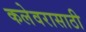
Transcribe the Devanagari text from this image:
कलेवरासाठी